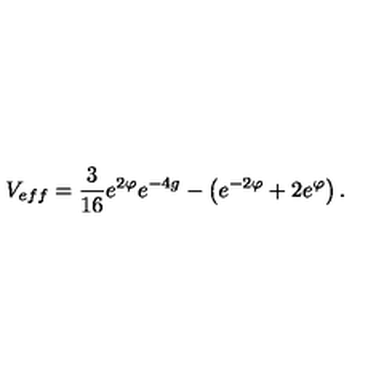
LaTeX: V _ { e f f } = \frac { 3 } { 1 6 } e ^ { 2 \varphi } e ^ { - 4 g } - \left( e ^ { - 2 \varphi } + 2 e ^ { \varphi } \right) .